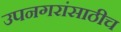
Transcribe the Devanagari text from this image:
उपनगरांसाठीच